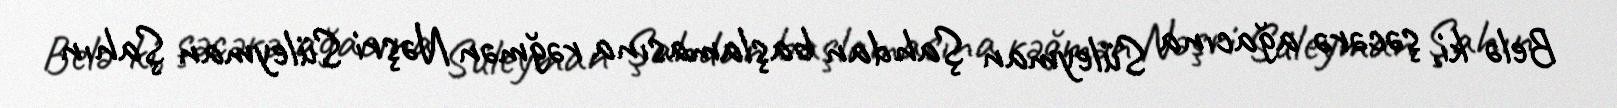
Belə ki, şəcərə ağacına Süleyman Şahdan başlamasına rəğmən Nəşri Süleyman Şahın